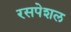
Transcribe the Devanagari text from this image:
रसपेशल